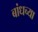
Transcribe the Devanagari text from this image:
बांधच्या